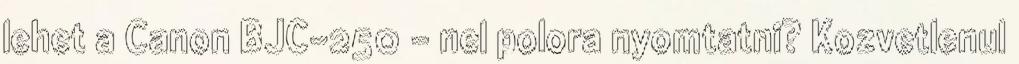
lehet a Canon BJC-250 - nel polora nyomtatni? Kozvetlenul